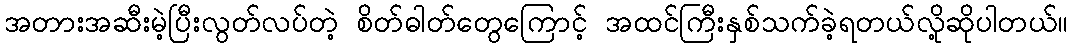
အတားအဆီးမဲ့ပြီးလွတ်လပ်တဲ့ စိတ်ဓါတ်တွေကြောင့် အထင်ကြီးနှစ်သက်ခဲ့ရတယ်လို့ဆိုပါတယ်။